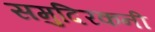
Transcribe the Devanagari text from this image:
समुदिरकनी